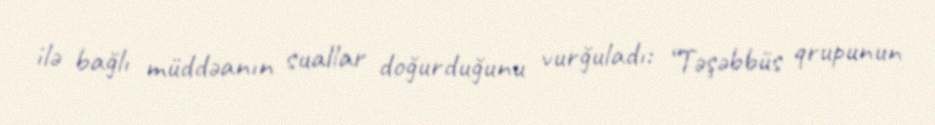
ilə bağlı müddəanın suallar doğurduğunu vurğuladı: “Təşəbbüs qrupunun